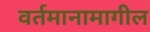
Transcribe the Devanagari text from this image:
वर्तमानामागील